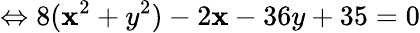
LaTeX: \Leftrightarrow8(\mathbf{x}^{2}+y^{2})-2\mathbf{x}-36y+35=0